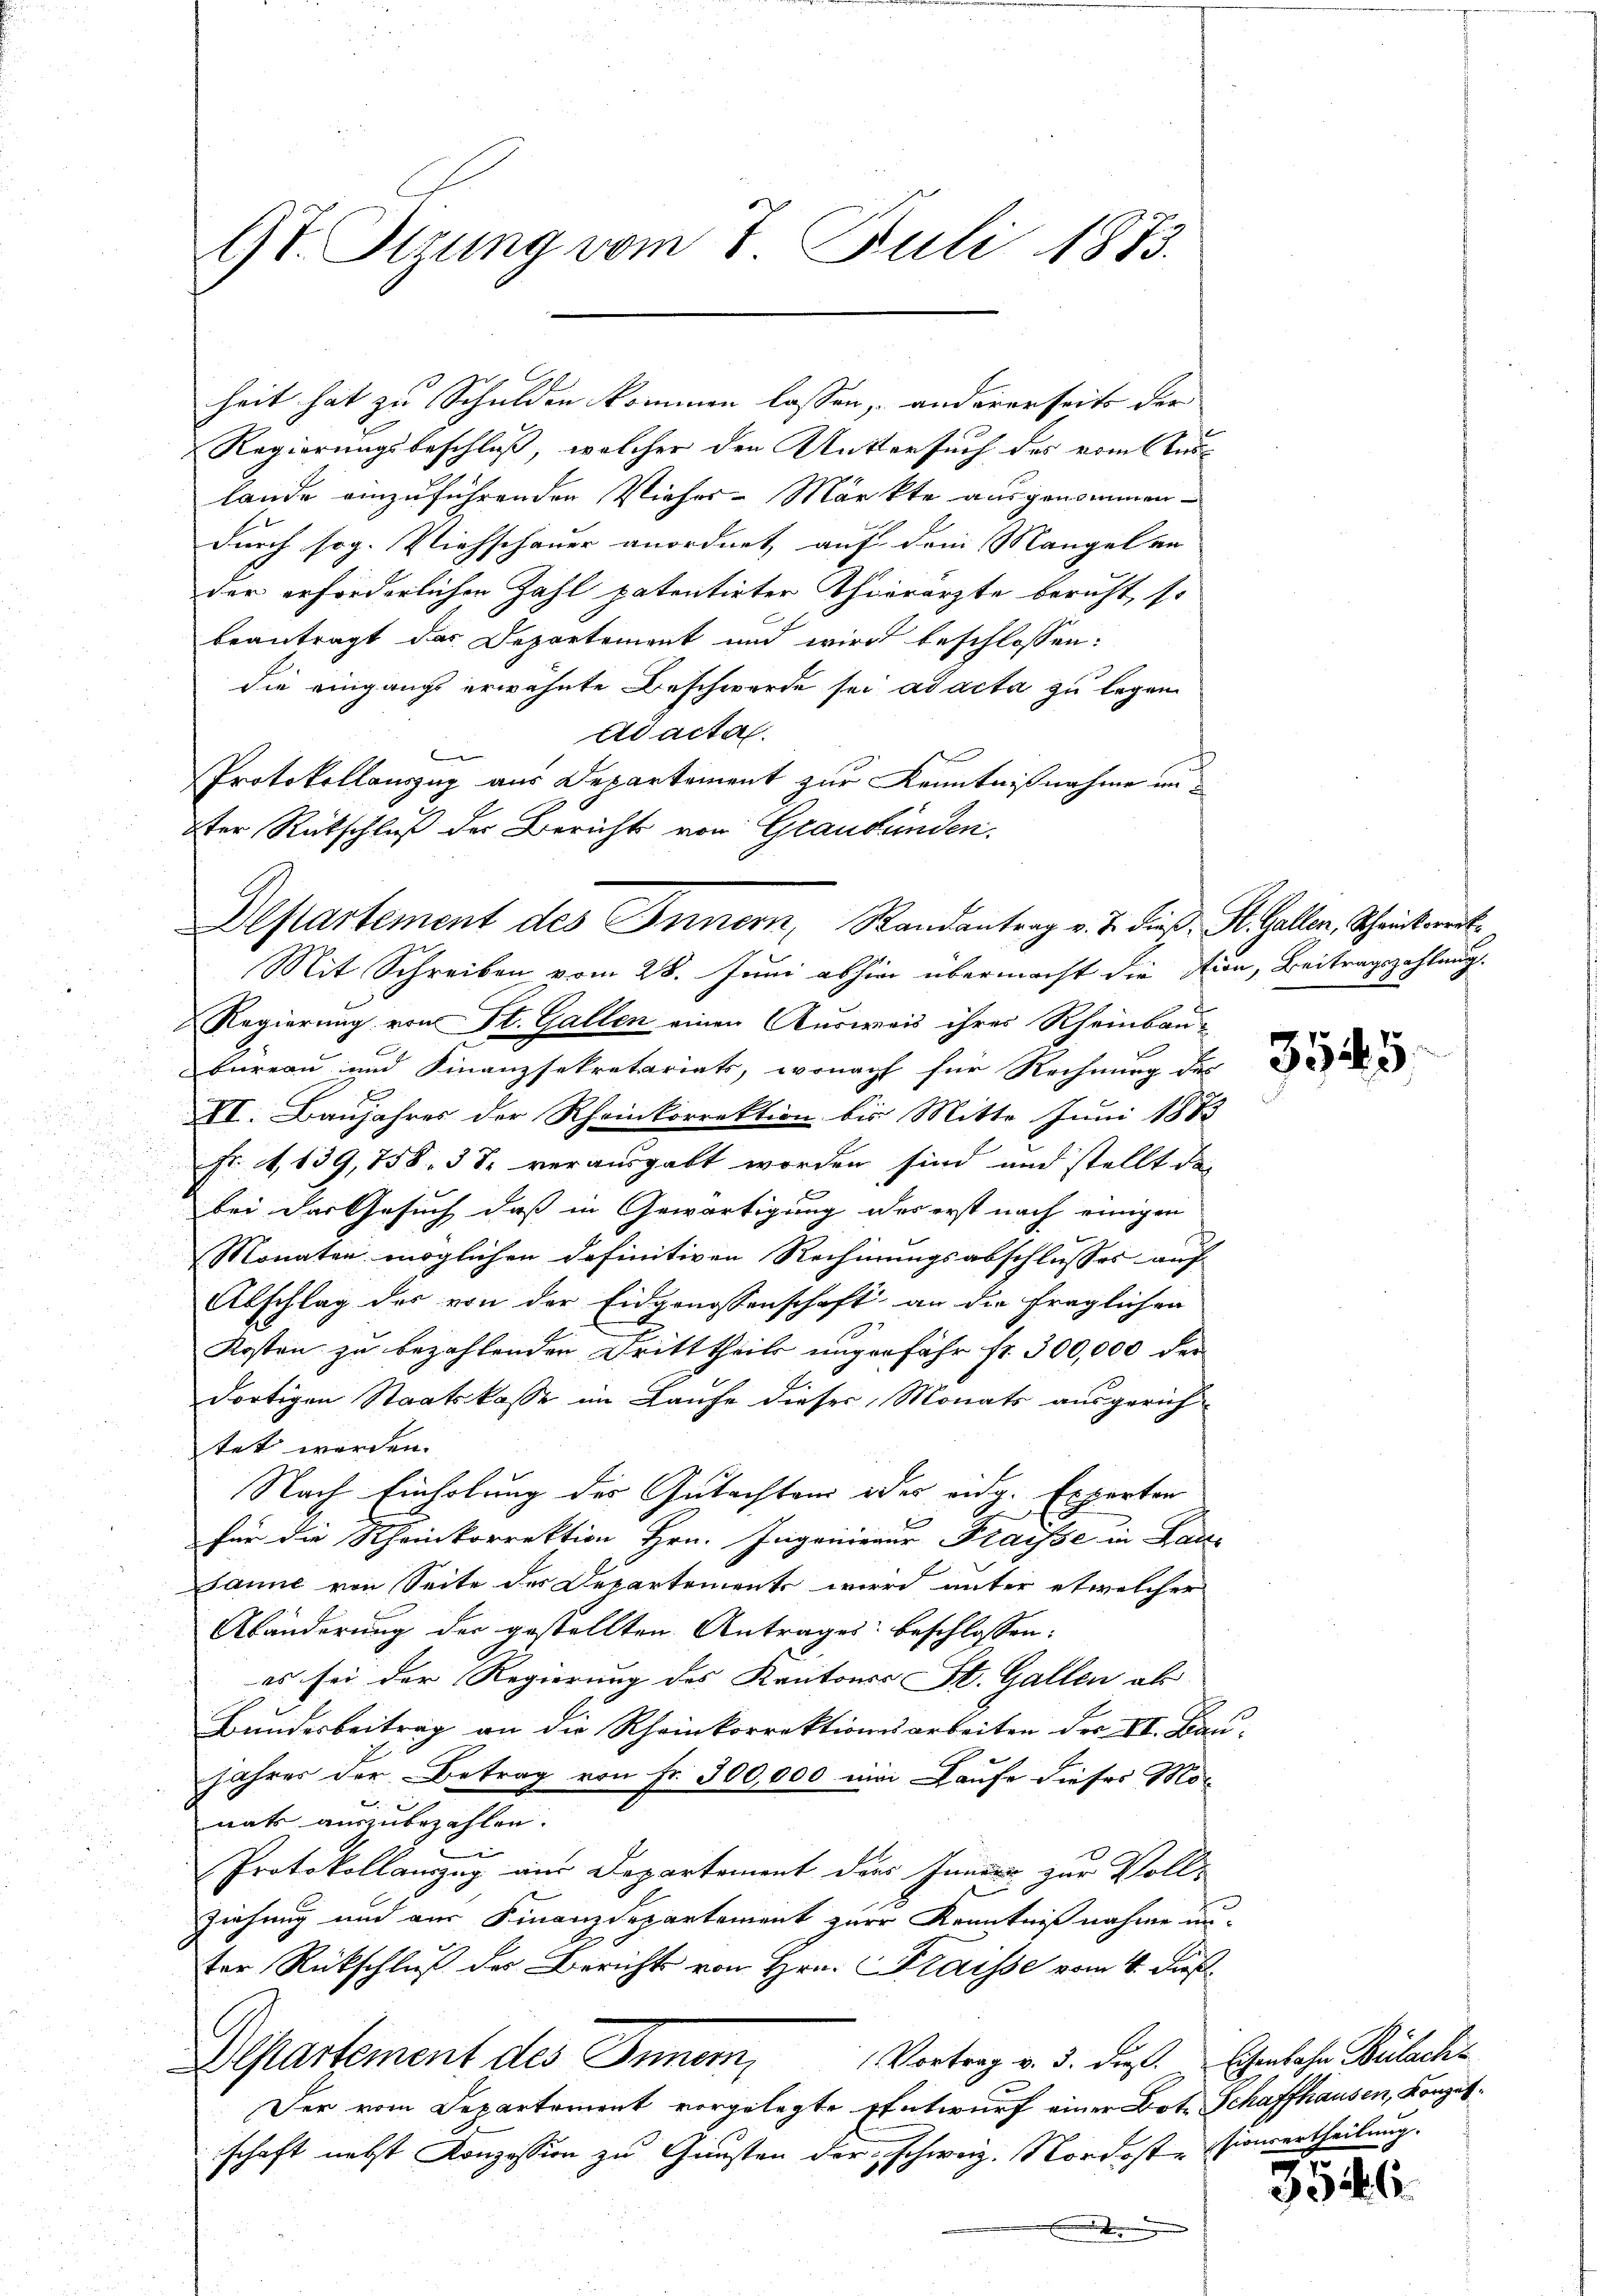
67. Stzung vom 7. Juli 1873.

heit hat zu Schulden kommen lassen, andererseits der
Regierungsbeschluß, welcher den Muttersuch des vom Auslande einzuführenden Vieher-Märkte ausgenommen
durch sog. Viehschauer anordnet auf dem Mangelan
der erforderlichen Zahl patentirter Thierärzte beruht, so
beantragt das Departement und wird beschlossen:
die Eingangs erwähnte Beschwerde sei ad acta zu legen
Adacta.
e
Protokollauszug aus Departement zur Kenntnißnahme un¬
Iter Rückschluß der Berichts von Graubünden.

Departement des Innern, Randantrag v. J. dieß. St. Gallen, Scheinbereit

Mit Schreiben vom 28. Juni abhin übermacht die Fion, Beitragszahlung.
Regierung von St. Gallen einen Ausweis ihres Rheinbaubureau und Finanzsekretariats, wonach für Rechnung des
XI. Baujahres der Rheinkorrektion bis Mitte Juni 1883
Fr. 4, 139,758. 38 verausgabt worden sind und stellt des
bei der Gesuch daß in Gewärtigung des erst nach einigen
Monaten möglichen definitiven Rechnungsabschlusses auf-
Abschlag des von der Eidgenossenschaft an die fraglichen
Kosten zu bezahlenden Dritttheils ungerfähr fr. 300,000 der
dortigen Staatskasse im Laufe dieser Monats ausgerich
tet werden.
Nach Einholung des Gutachten des eidg. Expertor
f
für die Rheinkorrektion Hrn. Ingenieur Fraisse in Lau-
Janne von Seite des Departements wird unter etwelcher
Abänderung der gestellten Antrages beschlossen:
es sei der Regierung des Kantons St. Gallen ab
Bundesbeitrag an die Rheinkorrektionsarbeiten der II. Bau-
jahres der Betrag von Fr. 300,000 im Laufe dieses Monats auszubezahlen.
bin
Protokollauszug aus Departement ders Inners zur Voll-
Ziehung und aus Finanzdepartement zur Kenntniß nahme un-
ter Rückschluß der Berichts von Hrn. Klaisse vom 4. Dies
Vortrag v. 3. dieß. Eisenbahn Bülacht
Departement des Innern,
Der vom Departement vorgelegte Entwurf einer Bote Schaffhausen, Konzesschaft nebst Konzession zu Gunsten der schweiz. Nordeste Vioncertheilung.
.

3545.

3546